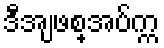
ဒီအျဖစ္အပ်က္က